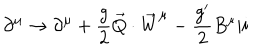
\partial ^ { \mu } \rightarrow \partial ^ { \mu } + \frac { g } { 2 } \vec { Q } \cdot { \vec { W } } ^ { \mu } - \frac { g ^ { \prime } } { 2 } B ^ { \mu } \vert i